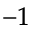
^ { - 1 }